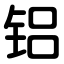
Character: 铝